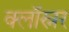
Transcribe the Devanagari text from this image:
क्लॉस्नर